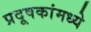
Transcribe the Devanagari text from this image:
प्रदूषकांमध्ये